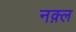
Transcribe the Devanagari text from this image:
नक़्ल